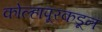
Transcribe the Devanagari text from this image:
कोल्हापूरकडून